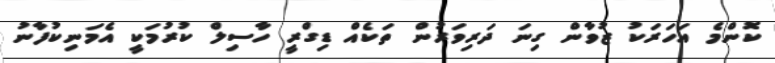
ކޮންމެ އަހަރަކު ޒުވާން ގިނަ ދަރިވަރުން ތަކެއް ޑިގްރީ ހާސިލް ކުރުމަކީ އެމަނިކުފާނު